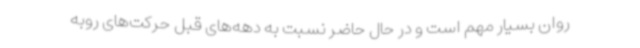
روان بسیار مهم است و در حال حاضر نسبت به دهه‌های قبل حرکت‌های روبه